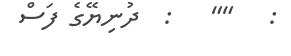
:   ""   :  ދުނިޔޭގެ ފަސް